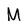
Character: M